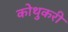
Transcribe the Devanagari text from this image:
कोथुकरी